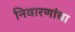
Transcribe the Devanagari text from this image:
निवारणांचा